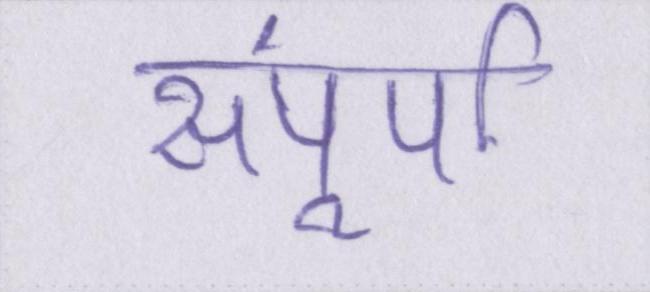
संपूर्ण